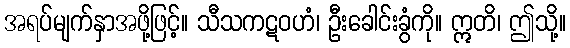
အရပ်မျက်နှာအဖို့ဖြင့်။ သီသကဋဝဟံ၊ ဦးခေါင်းခွံကို။ ဣတိ၊ ဤသို့။